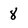
Character: 8